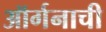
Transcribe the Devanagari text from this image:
ऑर्गनाची